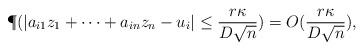
LaTeX: \begin{align*}\P(|a_{i1}z_1+\dots+a_{in} z_n - u_i| \le \frac{r \kappa}{D\sqrt{n}} ) = O(\frac{r\kappa}{D\sqrt{n}}),\end{align*}